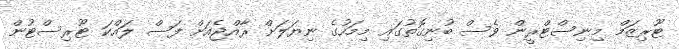
ޓޫރިޒަމް މިނިސްޓްރީން ވެސް ބުނިގޮތުގައި މިމަހުގެ ނިޔަލަށް ރާއްޖެއަށް ފަސް ލައްކަ ޓޫރިސްޓުން